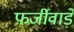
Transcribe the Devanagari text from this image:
फ़र्जीवाड़े